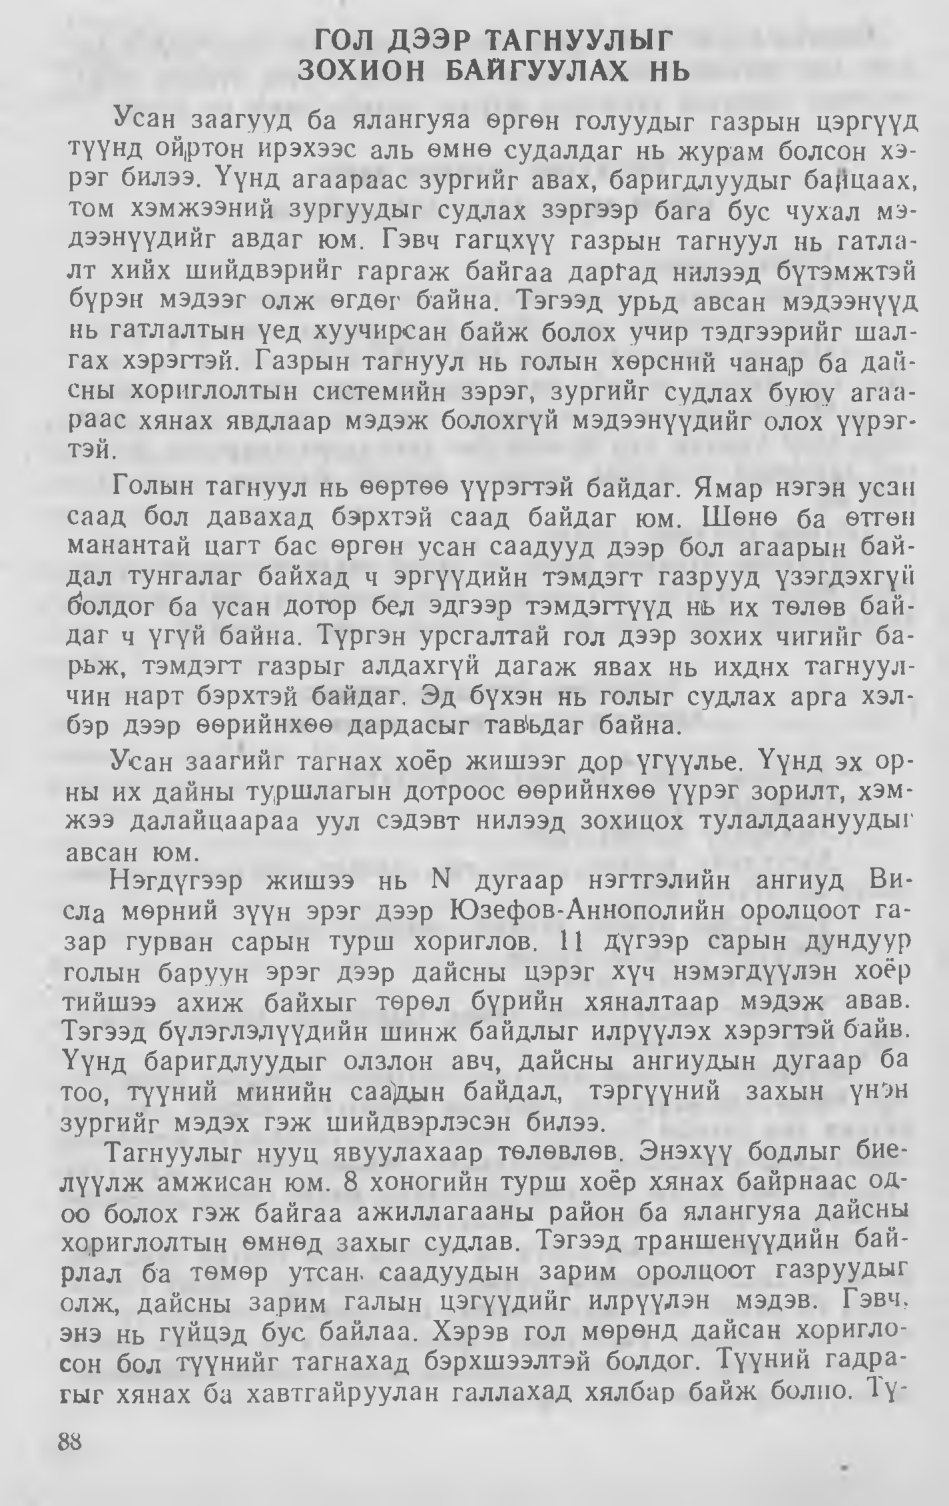
Language: mn